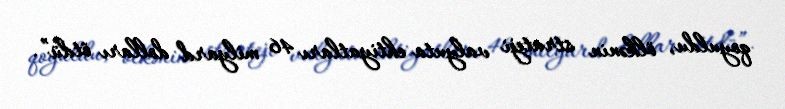
qoyuldu, ölkənin strateji valyuta ehtiyatları 46 milyard dolları ötdü”.